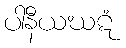
ပါနီယဃဋံ